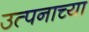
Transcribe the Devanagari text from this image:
उत्पनाच्या